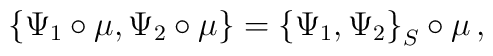
\left\{\Psi_1\circ\mu,\Psi_2\circ\mu\right\}=\left\{\Psi_1,\Psi_2\right\}_S\circ\mu \,,